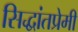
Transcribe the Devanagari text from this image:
सिद्धांतप्रेमी